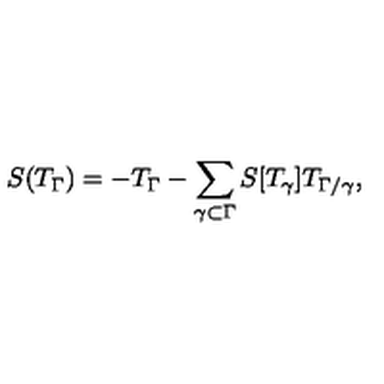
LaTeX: S ( T _ { \Gamma } ) = - T _ { \Gamma } - \sum _ { \gamma \subset \Gamma } S [ T _ { \gamma } ] T _ { \Gamma / \gamma } ,